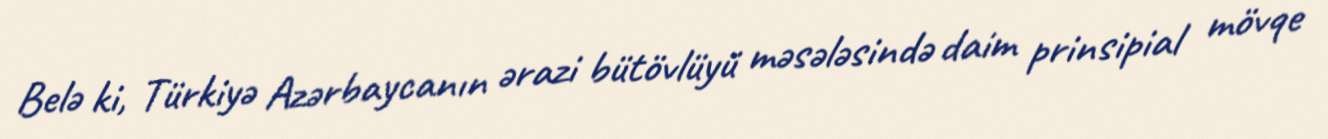
Belə ki, Türkiyə Azərbaycanın ərazi bütövlüyü məsələsində daim prinsipial mövqe